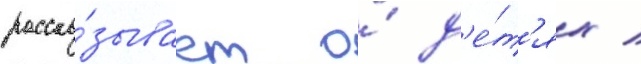
расска́зывает о́ д'е́т'ях /